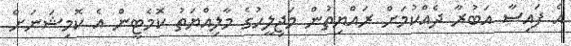
އެ ފައިސާ އަބުރާ ދެއްކުމަށް ރައްޔިތުން މަޖިލީހުގެ މާލިއްޔަތު ކޮމެޓީން އެ ކޮމިޝަނަށް